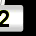
Digit: 2